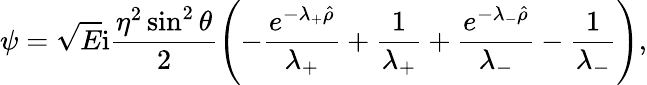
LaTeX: \psi=\sqrt{E}\mathrm{i}\frac{\eta^{2}\sin^{2}\theta}{2}\left(-\frac{e^{-\lambda_{+}\hat{\rho}}}{\lambda_{+}}+\frac{1}{\lambda_{+}}+\frac{e^{-\lambda_{-}\hat{\rho}}}{\lambda_{-}}-\frac{1}{\lambda_{-}}\right),